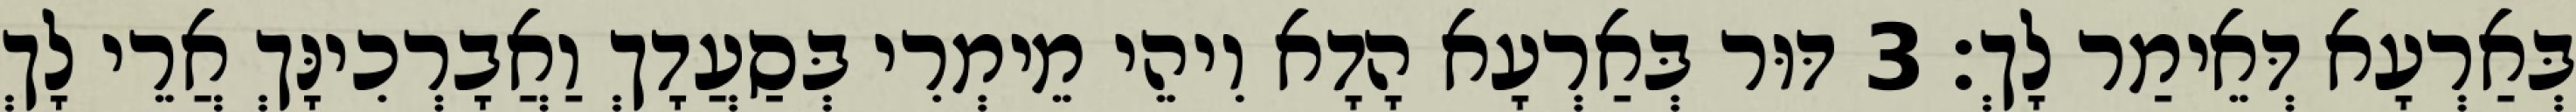
בְּאַרְעָא דְּאֵימַר לָךְ׃ 3 דּוּר בְּאַרְעָא הָדָא וִיהֵי מֵימְרִי בְּסַעֲדָךְ וַאֲבָרְכִינָּךְ אֲרֵי לָךְ